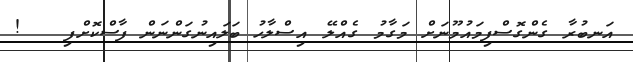
އަނބުރާ ގެންގޮސްފިމައުމޫނަށް މަގާމު ގެއްލޭ އިސްލާހު ބަލައިނުގަންނަން ފާސްކޮށްފި   !